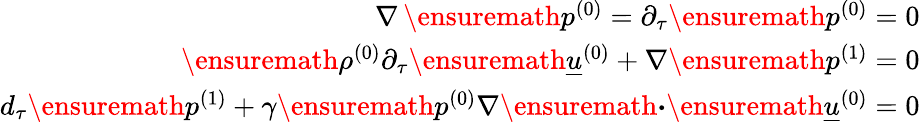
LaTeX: \begin{array}{r}{\nabla\, \ensuremath{p^{(0)}}=\partial_{\tau}\ensuremath{p^{(0)}}=0}\\ {\ensuremath{\rho^{(0)}}\partial_{\tau}\ensuremath{\underline{{u}}^{(0)}}+\nabla\ensuremath{p^{(1)}}=0}\\ {d_{\tau}\ensuremath{p^{(1)}}+\gamma\ensuremath{p^{(0)}}\nabla\ensuremath{\boldsymbol{\cdot}}\ensuremath{\underline{{u}}^{(0)}}=0}\end{array}